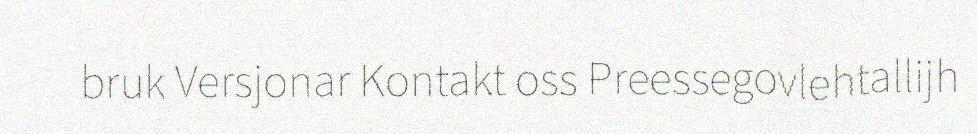
bruk Versjonar Kontakt oss Preessegovlehtallijh